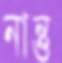
নান্তু